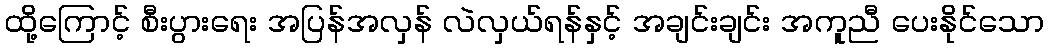
ထို့ကြောင့် စီးပွားရေး အပြန်အလှန် လဲလှယ်ရန်နှင့် အချင်းချင်း အကူညီ ပေးနိုင်သော